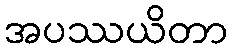
အပဿယိတာ